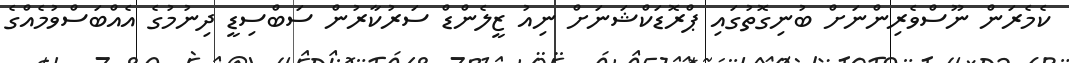
ކެމެރަން ނޫސްވެރިންނަށް ބުނިގޮތުގައި ޕްރޮޑަކްޝަނަށް ނިއު ޒީލެންޑް ސަރުކާރުން ސަބްސިޑީ ދިނުމުގެ އެއްބަސްވުމެއްގެ